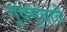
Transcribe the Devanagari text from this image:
गुदगुदाते